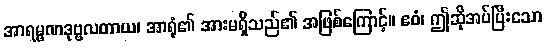
အာရမ္မဏဒုဗ္ဗလတာယ၊ အာရုံ၏ အားမရှိသည်၏ အဖြစ်ကြောင့်။ ဧဝံ၊ ဤဆိုအပ်ပြီးသော